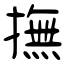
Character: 撫